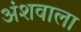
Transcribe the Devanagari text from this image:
अंशवाला